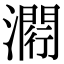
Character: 𤀵